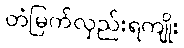
တံမြက်လှည်းရကျိုး